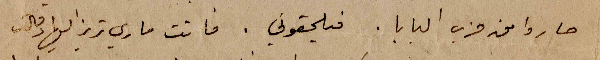
صاروا من حزب البابا. فيلحقوني. فاتت ماري تريز اليها وقالت